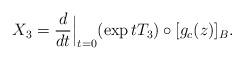
LaTeX: \begin{align*}X_3=\frac{d}{dt}{\Big\vert}_{t=0}(\exp tT_3)\circ [g_c(z)]_B.\end{align*}